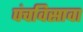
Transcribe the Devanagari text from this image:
पंचविसावा